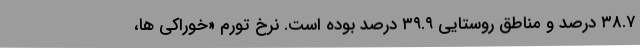
٣٨.٧ درصد و مناطق روستایی ٣٩.٩ درصد بوده است. نرخ تورم «خوراکی­ ها،